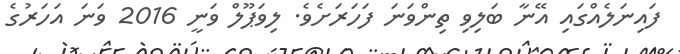
ފައިނަލެއްގައި އޭނާ ބަލިވި ތިންވަނަ ފަހަރަށެވެ. ލިވަޕޫލް ވަނީ 2016 ވަނަ އަހަރުގެ